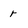
Character: r